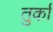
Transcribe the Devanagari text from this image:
तुर्कां